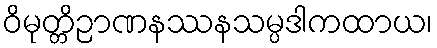
ဝိမုတ္တိဉာဏနဿနသမ္ပဒါကထာယ၊